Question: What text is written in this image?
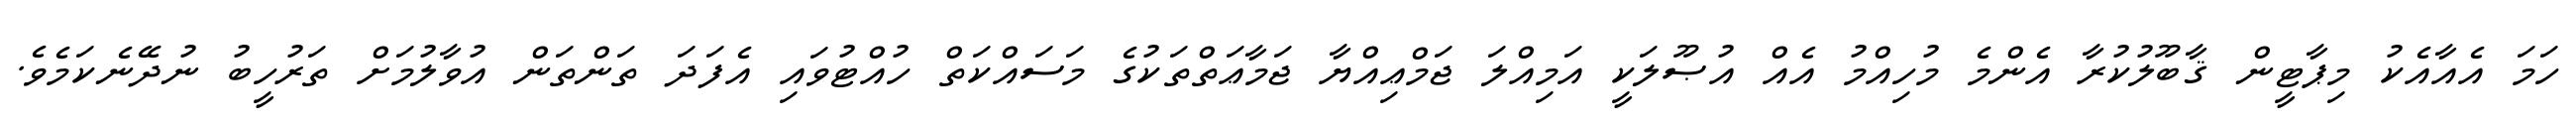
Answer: ހަމަ އެއާއެކު މިޕާޓީން ޤާބޫލުކުރާ އެންމެ މުހިއްމު އެއް އުޞޫލަކީ އަމިއްލަ ޖަމްޢިއްޔާ ޖަމާޢަތްތަކުގެ މަސައްކަތް ހުއްޓުވައި އެފަދަ ތަންތަން އުވާލުމަށް ތަރުހީބު ނުދޭނެކަމެވެ.